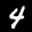
Label: 4